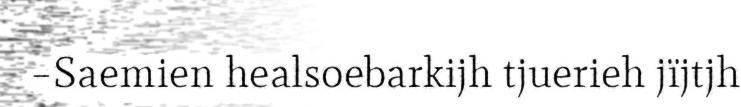
–Saemien healsoebarkijh tjuerieh jïjtjh